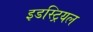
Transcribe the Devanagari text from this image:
इडस्ट्रियल